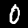
Digit: 0